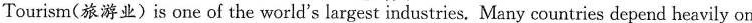
Tourism(旅游业)is one of the world's largest industries. Many countries depend heavily on